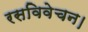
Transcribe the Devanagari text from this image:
रसविवेचन।